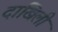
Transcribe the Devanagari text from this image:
दाखिली